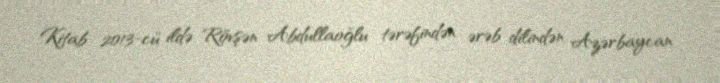
Kitab 2013-cü ildə Rövşən Abdullaoğlu tərəfindən ərəb dilindən Azərbaycan